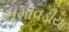
સમોવડીયા